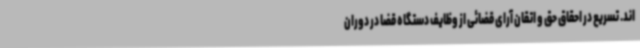
اند. تسریع در احقاق حق و اتقان آرای قضائی از وظایف دستگاه قضا در دوران